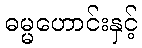
ဓမ္မဟောင်းနှင့်